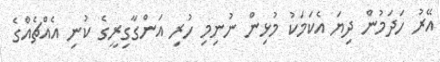
އޭރު ހަދަމުން ދިޔަ އެކަމަކު މުޅިން ނުނިމި ހުރި އަންގާގިރީގެ ކުނި އެއްޗެއްގެ